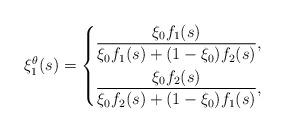
LaTeX: \begin{align*}\xi_1^\theta(s)=\left\{\begin{aligned}&\frac{\xi_0f_1(s) }{\xi_0 f_1(s)+(1-\xi_0)f_2(s)},&&\\&\frac{\xi_0f_2(s) }{\xi_0 f_2(s)+(1-\xi_0)f_1(s)},&&\end{aligned}\right.\end{align*}